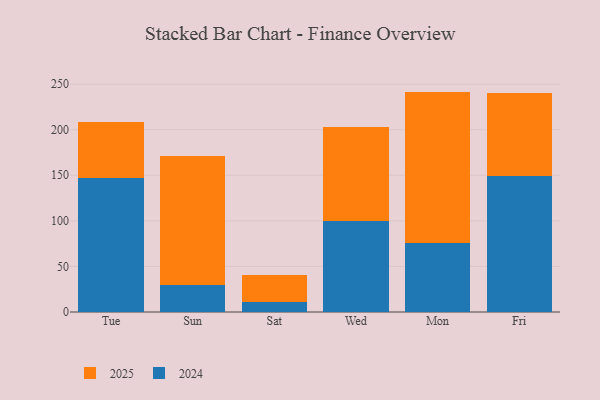
{"axis": {"x": "Day", "y": "Energy Usage (MWh)"}, "legend": ["2024", "2025"], "data": [{"x": "Tue", "y": 147.3, "type": "2024"}, {"x": "Tue", "y": 61.2, "type": "2025"}, {"x": "Sun", "y": 29.6, "type": "2024"}, {"x": "Sun", "y": 141.1, "type": "2025"}, {"x": "Sat", "y": 10.8, "type": "2024"}, {"x": "Sat", "y": 30.1, "type": "2025"}, {"x": "Wed", "y": 99.4, "type": "2024"}, {"x": "Wed", "y": 103.3, "type": "2025"}, {"x": "Mon", "y": 76.0, "type": "2024"}, {"x": "Mon", "y": 165.8, "type": "2025"}, {"x": "Fri", "y": 149.4, "type": "2024"}, {"x": "Fri", "y": 91.0, "type": "2025"}]}